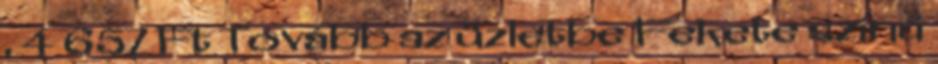
. 4 657 Ft Tovább az üzletbe Fekete színű